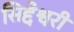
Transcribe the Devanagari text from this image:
सिद्देश्वरी